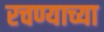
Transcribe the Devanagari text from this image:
रचण्याच्या